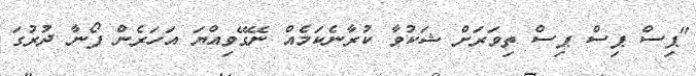
"ޕިސް ޕިސް ޕިސް ތިވަރަށް ޝަކުވާ ކުރާނެކަމެއް ނޭގޭވިއްޔަ އަހަރެން ފޯނާ ދުރުގަ